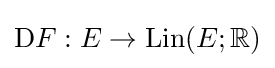
\mathrm {D} F:E\to \mathrm {Lin} (E;\mathbb {R} )